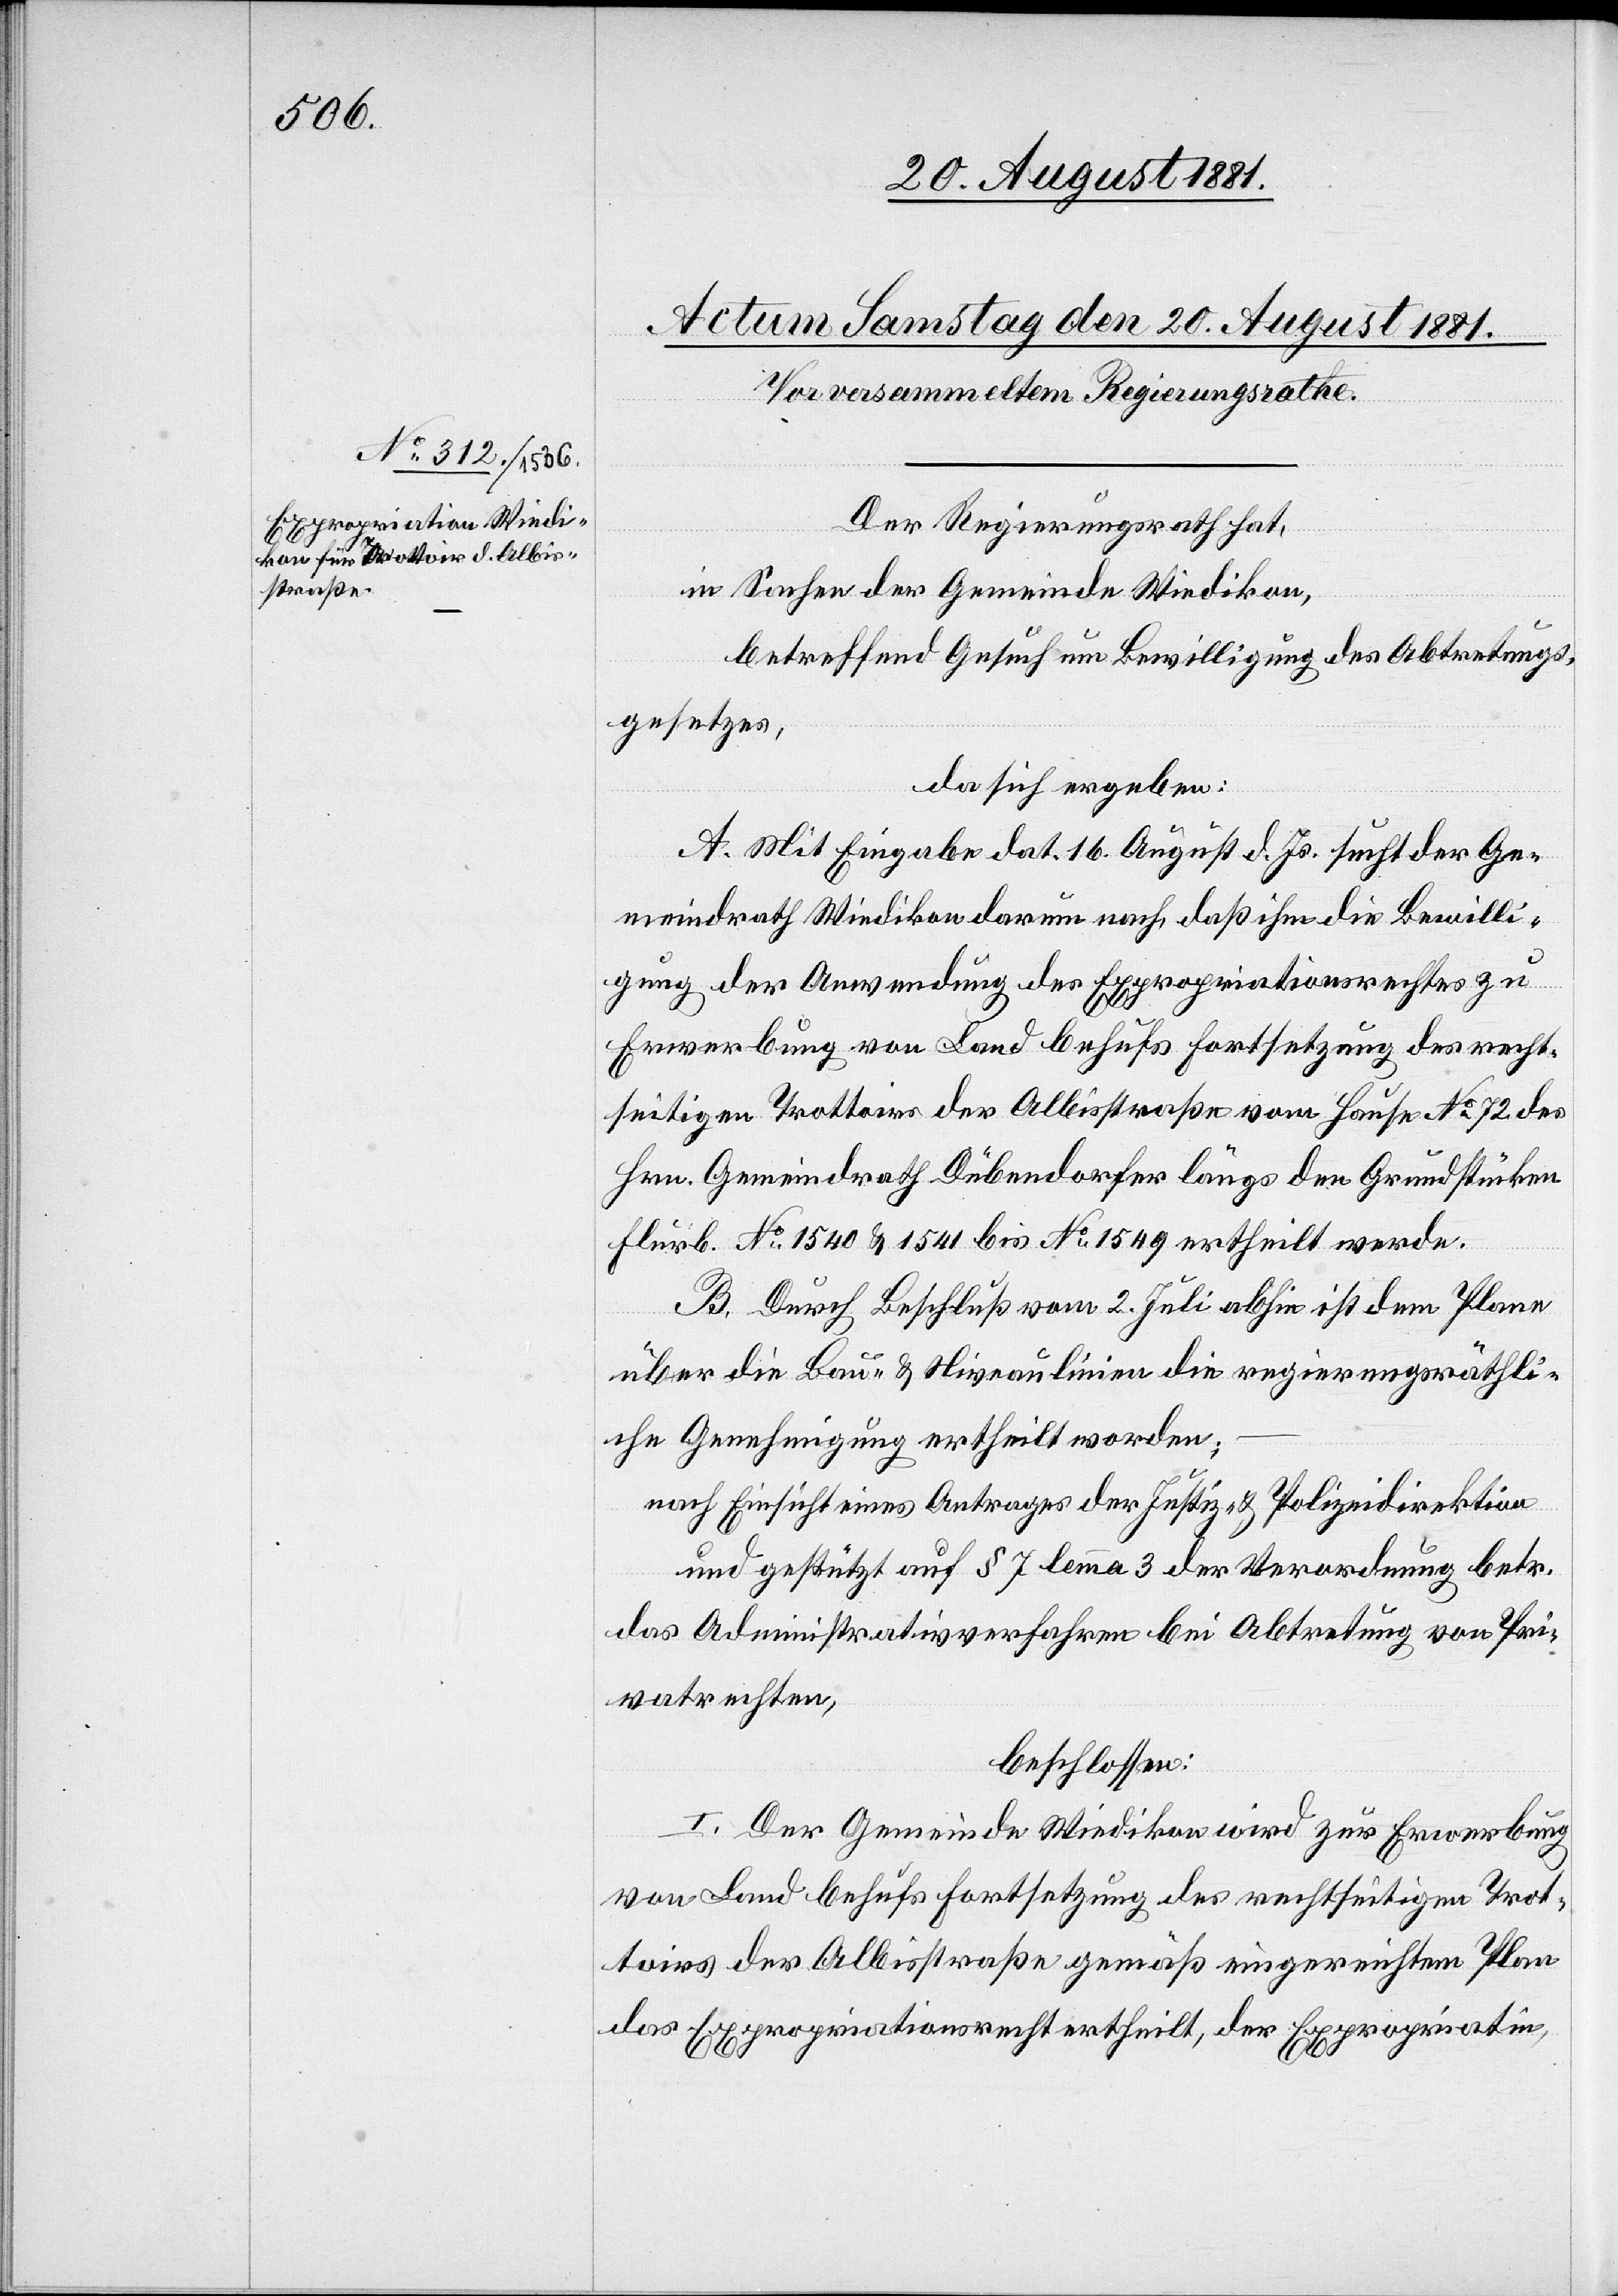
Der Regierungsrath hat,
in Sachen der Gemeinde Wiedikon,
betreffend Gesuch um Bewilligung des Abtretungs¬
gesetzes,
da sich ergeben:
A. Mit Eingabe dat. 16. August d. Js. sucht der Ge¬
meindrath Wiedikon darum nach, daß ihm die Bewilli¬
gung der Anwendung des Expropriationsrechtes zu
Erwerbung von Land behufs Fortsetzung des recht¬
seitigen Trottoirs der Albisstraße vom Hause No 72 des
Hrn. Gemeindrath Dübendorfer längs den Grundstücken
Flurb. No 1540 & 1541 bis No 1549 ertheilt werde.
B. Durch Beschluß vom 2. Juli abhin ist dem Plane
über die Bau- & Niveaulinien die regierungsräthli¬
che Genehmigung ertheilt worden;
nach Einsicht eines Antrages der Justiz- & Polizeidirektion
und gestützt auf § 7 lemma 3 der Verordnung betr.
das Administrativverfahren bei Abtretung von Pri¬
vatrechten,
beschlossen:
I. Der Gemeinde Wiedikon wird zur Erwerbung
von Land behufs Fortsetzung des rechtseitigen Trot¬
toirs der Albisstraße gemäß eingereichtem Plan
das Expropriationsrecht ertheilt, der Expropriati[o]n